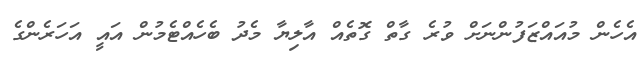
އެހެން މުއައްޒަފުންނަށް ވުރެ ގާތް ގޮތެއް އާލިޔާ މެދު ބެހެއްޓެމުން އައީ އަހަރެންގެ